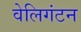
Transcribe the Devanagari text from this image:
वेलिगंटन